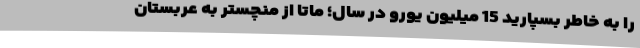
را به خاطر بسپارید 15 میلیون یورو در سال؛ ماتا از منچستر به عربستان